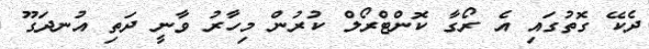
ދެކޭ ގޮތުގައި އެ ރޯގާ ކޮންޓްރޯލް ކުރުން މިހާރު ވާނީ ދަތި އުނދަގޫ